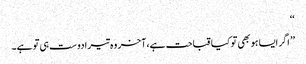
‘‘
’’ اگر ایسا ہو بھی تو کیا قباحت ہے،آخر وہ تیرا دوست ہی تو ہے۔